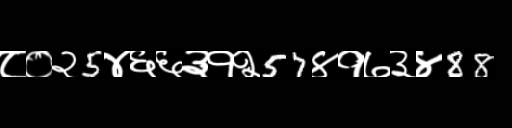
Text: ८०२5४६६३१२57४१७३४88